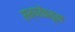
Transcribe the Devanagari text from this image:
सभ्यतेंकढून